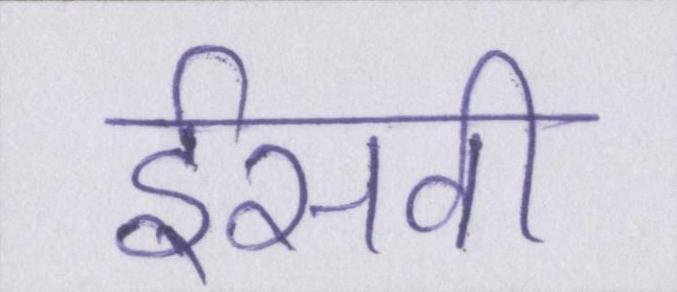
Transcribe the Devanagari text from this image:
ईसवी